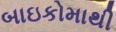
બાઇકોમાથી